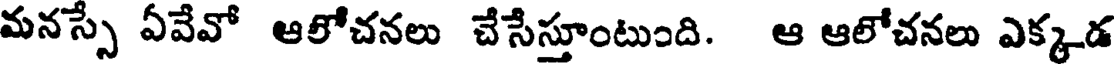
మనస్సే ఏవేవో ఆలోచనలు చేసేస్తూంటుంది. ఆ ఆలోచనలు ఎక్కడ